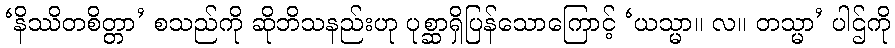
‘နိဿိတစိတ္တာ’ စသည်ကို ဆိုဘိသနည်းဟု ပုစ္ဆာရှိပြန်သောကြောင့် ‘ယသ္မာ။ လ။ တသ္မာ’ ပါဌ်ကို